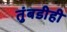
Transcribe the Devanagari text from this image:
तुंबडीही